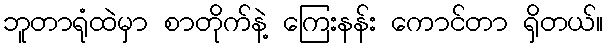
ဘူတာရုံထဲမှာ စာတိုက်နဲ့ ကြေးနန်း ကောင်တာ ရှိတယ်။